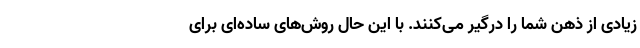
زیادی از ذهن شما را درگیر می‌کنند. با این حال روش‌های ساده‌ای برای